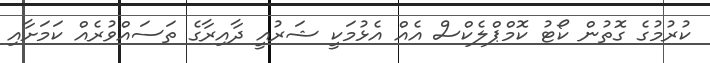
ކުރުމުގެ ގޮތުން ކޯޓު ކޮމްޕްލެކްސް އެއް އެޅުމަކީ ޝަރުއީ ދާއިރާގެ ތަސައްވުރެއް ކަމަށާއި